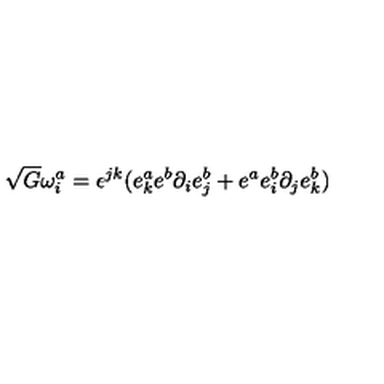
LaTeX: \sqrt { G } \omega _ { i } ^ { a } = \epsilon ^ { j k } ( e _ { k } ^ { a } e ^ { b } \partial _ { i } e _ { j } ^ { b } + e ^ { a } e _ { i } ^ { b } \partial _ { j } e _ { k } ^ { b } )